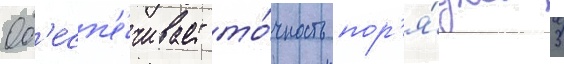
Об'есп'е́чивает то́чность пор'я́дка 3